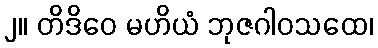
၂။ တိဒိဝေ မဟိယံ ဘုဇဂါဝသထေ၊